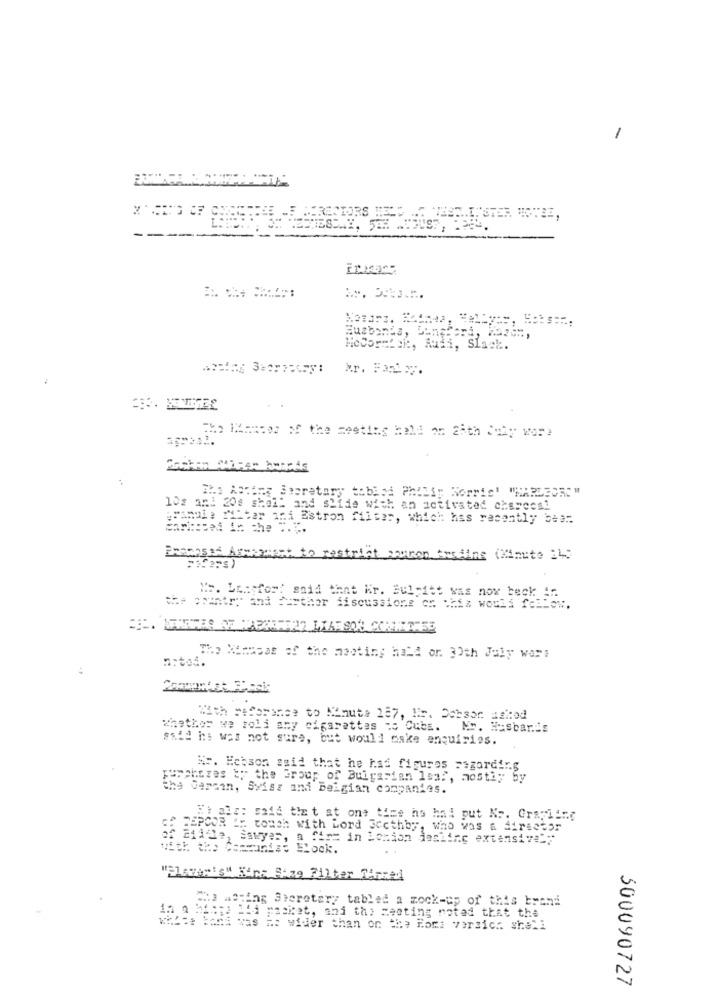
1
---
MoCor Lek, Audi, Slack.
The Masses of the meeting hold on 25th July wor!
:
The Acting Sporetary thblod Philip Norris' "NARDEORC"
10: an: 20s shell and slide with an activated charcoal
granule ""itar ani Estron filter, which has recently been
Promossa Armagnacte
aron Arsdine (Minute 24)
">. Lensfor! said that Kr. Bulpitt vas now beck in.
the country and Further discussions on chiz would fellow.
The Minuses of the mosting hald or. 30th July war:
With meforonce to Minute 187, Nr. Dobsor iskod
whether we roli any cigarettes :: Cuba.
Nr. Husbands
said he was not sure, but would make enquiries.
Nr. Ecbson said that he had figures regarding
pureheres ty the Group of Bulgarian 1sm ?, mostly by
tha Cercan, Swiss and Belgian companies.
Fi als: said that at one time ho hal put Nr. Grayling
SE BEPCOR IF touch with Lord Sccthby, who was a directs
2 211se, Sawyer, a firm in London jasline extensive"="
With the Communist Block.
"Elever's" King Size Filter Mirred
Co ating Sheretary tabled a mock-up of this brand
42, 2 mgche ad packet, and the meeting noted that the
i was #: wider than on the Hors versich shell
500090727